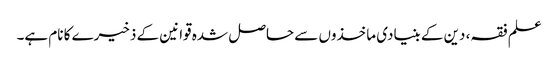
علم فقہ، دین کے بنیادی ماخذوں سے حاصل شدہ قوانین کے ذخیرے کا نام ہے۔